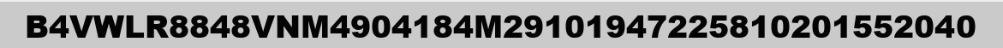
B4VWLR8848VNM4904184M29101947225810201552040